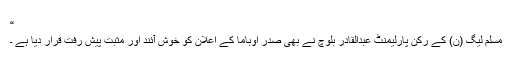
“
مسلم لیگ (ن) کے رکن پارلیمنٹ عبدالقادر بلوچ نے بھی صدر اوباما کے اعلان کو خوش آئند اور مثبت پیش رفت قرار دیا ہے ۔